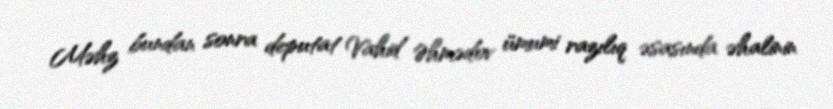
Məhz bundan sonra deputat Vahid Əhmədov ümumi razılıq əsasında əhalinin